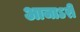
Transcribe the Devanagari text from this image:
आजाऽरी